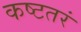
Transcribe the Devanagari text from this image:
कष्टतरं